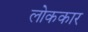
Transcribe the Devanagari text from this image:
लोककार